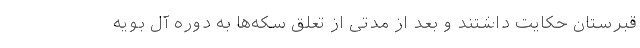
قبرستان حکایت داشتند و بعد از مدتی از تعلق سکه‌ها به دوره آل بویه